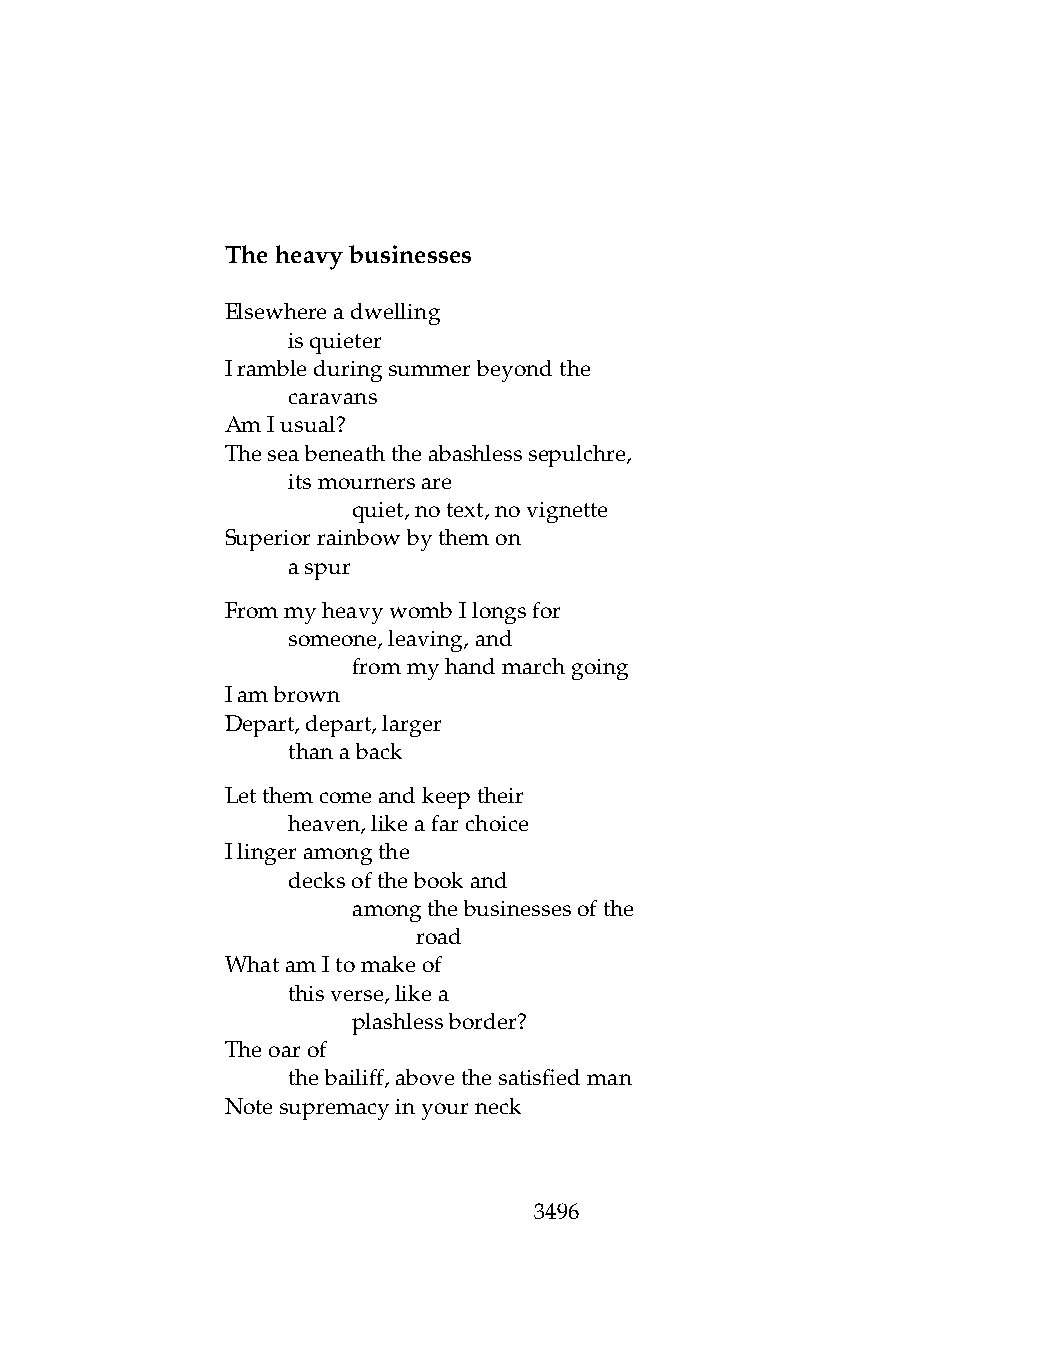
Theheavybusinesses
 Elsewhereadwelling
 .   isquieter
 Irambleduringsummerbeyondthe
 .   caravans
 AmIusual?
 Theseabeneaththeabashlesssepulchre,
 .   itsmournersare
 .   .   quiet,notext,novignette
 Superiorrainbowbythemon
 .   aspur
 FrommyheavywombIlongsfor
 .   someone,leaving,and
 .   .   frommyhandmarchgoing
 Iambrown
 Depart,depart,larger
 .   thanaback
 Letthemcomeandkeeptheir
 .   heaven,likeafarchoice
 Ilingeramongthe
 .   decksofthebookand
 .   .   amongthebusinessesofthe
 .   .   .    road
 WhatamItomakeof
 .   thisverse,likea
 .   .   plashlessborder?
 Theoarof
 .   thebailiff,abovethesatisfiedman
 Notesupremacyinyourneck
 3496